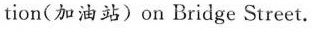
tion(加油站)on Bridge Street.